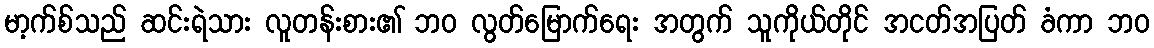
မာ့က်စ်သည် ဆင်းရဲသား လူတန်းစား၏ ဘဝ လွတ်မြောက်ရေး အတွက် သူကိုယ်တိုင် အငတ်အပြတ် ခံကာ ဘဝ